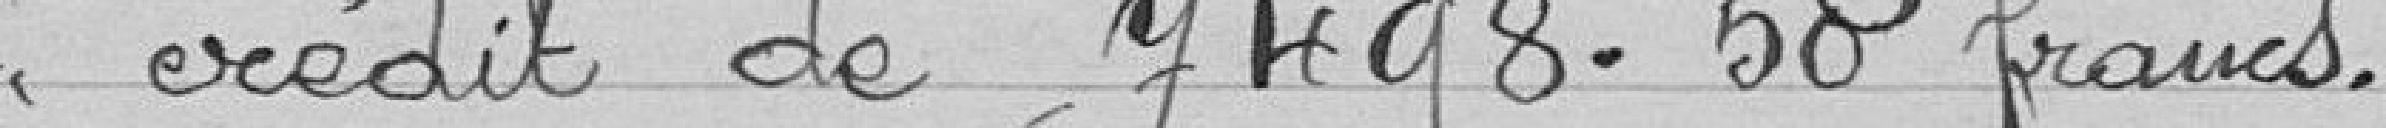
crédit de 7.498,50 francs.